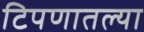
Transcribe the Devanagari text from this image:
टिपणातल्या